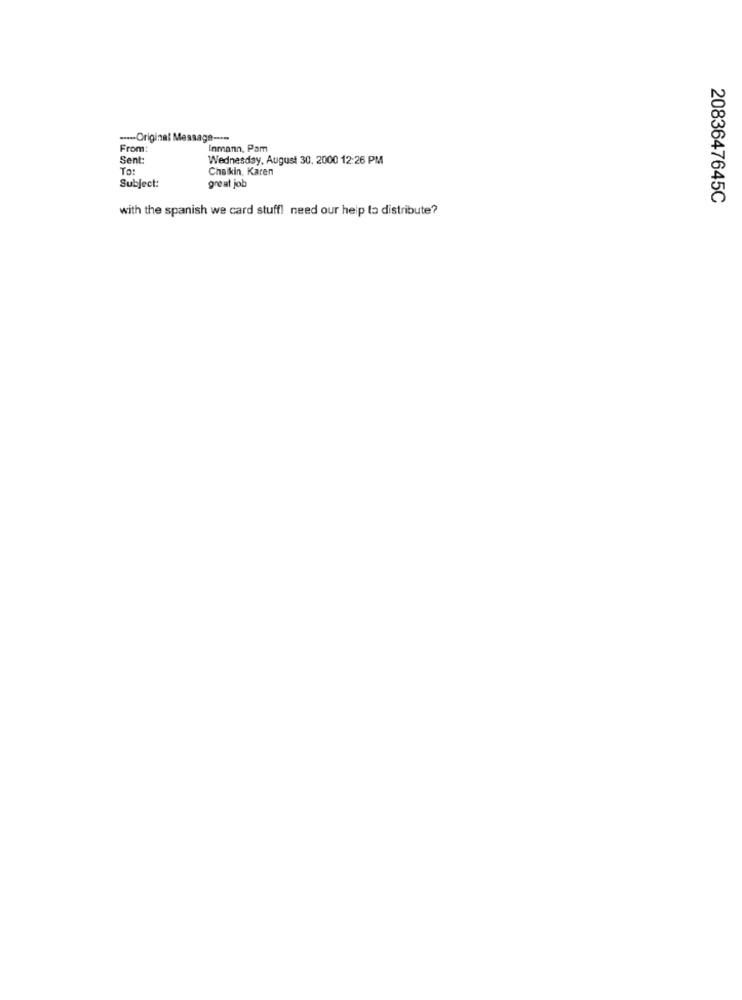
---- Original Message ---
From:
Inmann, Pam
Sent:
Wednesday, August 30, 2000 12:26 PM
To:
Chaikin, Karen
great job
Subject:
2083647645C
with the spanish we card stuff! need our heip to distribute?